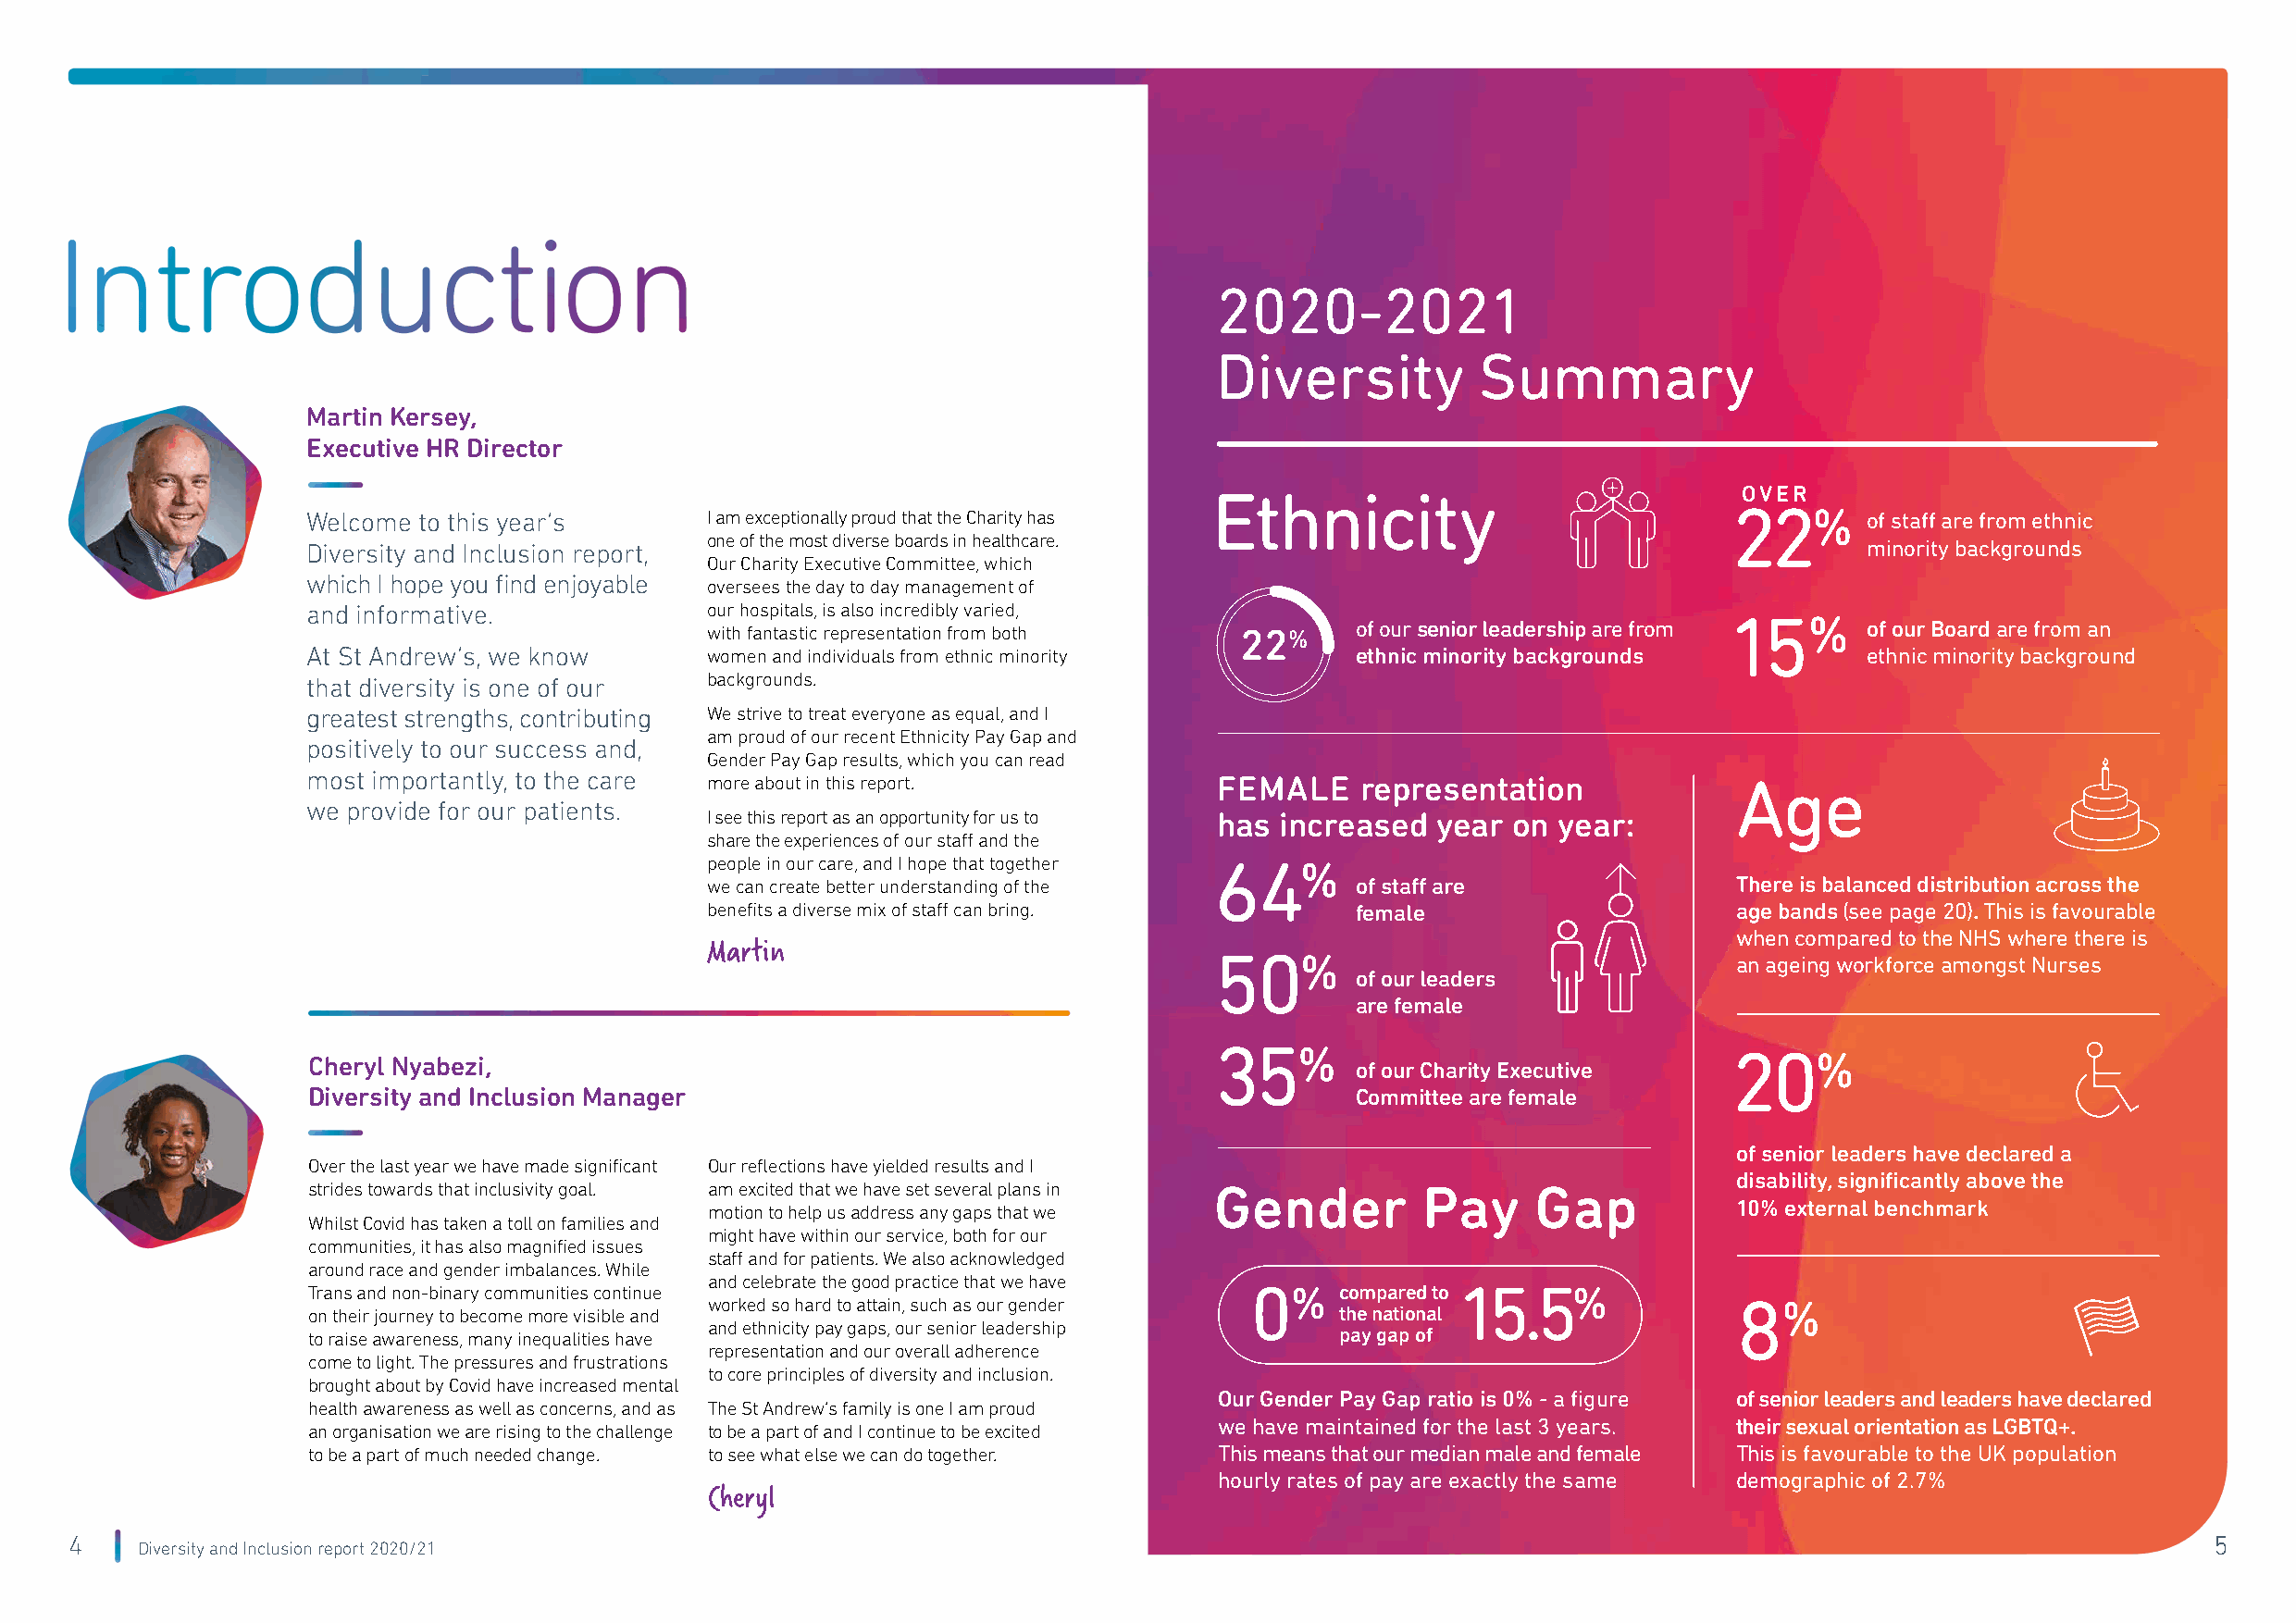
2020-2021
 Diversity          Summary
 Martin Kersey,
 Executive HR Director
 Ethnicity                             OVER
 Welcome to this year’s       I am exceptionally proud that the Charity has
 22%
 of staff are from ethnic
 one of the most diverse boards in healthcare.
 Diversity and Inclusion report,                                                                                 minority backgrounds
 Our Charity Executive Committee, which
 which I hope you find enjoyable
 oversees the day to day management of
 and informative.             our hospitals, is also incredibly varied,
 15%
 with fantastic representation from both 22%   of our senior leadership are from    of our Board are from an
 At St Andrew’s, we know      women and individuals from ethnic minority    ethnic minority backgrounds          ethnic minority background
 that diversity is one of our backgrounds.
 greatest strengths, contributing We strive to treat everyone as equal, and I
 am proud of our recent Ethnicity Pay Gap and
 positively to our success and,
 Gender Pay Gap results, which you can read
 most importantly, to the care more about in this report.         FEMALE    representation             Age
 we provide for our patients.
 I see this report as an opportunity for us to has increased year on year:
 share the experiences of our staff and the
 people in our care, and I hope that together 64%
 we can create better understanding of the     of staff are               There is balanced distribution across the
 benefits a diverse mix of staff can bring.    female                     age bands (see page 20). This is favourable
 when compared to the NHS where there is
 Martin
 50%
 an ageing workforce amongst Nurses
 of our leaders
 are female
 Cheryl Nyabezi,
 35%
 20%
 of our Charity Executive
 Diversity and Inclusion Manager                                            Committee are female
 of senior leaders have declared a
 Over the last year we have made significant Our reflections have yielded results and I
 disability, significantly above the
 strides towards that inclusivity goal. am excited that we have set several plans in Gender Pay Gap
 10% external benchmark
 motion to help us address any gaps that we
 Whilst Covid has taken a toll on families and
 might have within our service, both for our
 communities, it has also magnified issues
 staff and for patients. We also acknowledged
 around race and gender imbalances. While
 and celebrate the good practice that we have
 Trans and non-binary communities continue                          0%     compared to 15.5%
 worked so hard to attain, such as our gender                             8%
 on their journey to become more visible and                               the national
 to raise awareness, many inequalities have and ethnicity pay gaps, our senior leadership pay gap of
 representation and our overall adherence
 come to light. The pressures and frustrations
 to core principles of diversity and inclusion.
 brought about by Covid have increased mental
 Our Gender Pay Gap ratio is 0% - a figure of senior leaders and leaders have declared
 health awareness as well as concerns, and as The St Andrew’s family is one I am proud
 we have maintained for the last 3 years. their sexual orientation as LGBTQ+.
 an organisation we are rising to the challenge to be a part of and I continue to be excited
 to be a part of much needed change. to see what else we can do together. This means that our median male and female This is favourable to the UK population
 hourly rates of pay are exactly the same demographic of 2.7%
 Cheryl
 4                                                                                                                                                        5
 Diversity and Inclusion report 2020/21